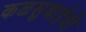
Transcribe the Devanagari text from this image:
कळसुबाईची